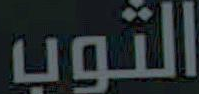
الثوب